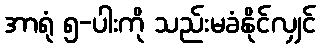
အာရုံ ၅-ပါးကို သည်းမခံနိုင်လျှင်